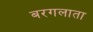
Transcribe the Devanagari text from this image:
बरगलाता